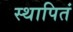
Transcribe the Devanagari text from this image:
स्थापितं